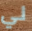
لي